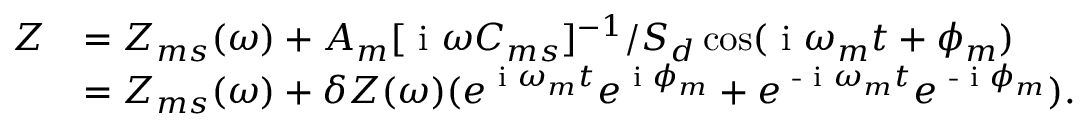
\begin{array} { r l } { Z } & { = Z _ { m s } ( \omega ) + A _ { m } [ \textrm { i } \omega C _ { m s } ] ^ { - 1 } / S _ { d } \cos ( \textrm { i } \omega _ { m } t + \phi _ { m } ) } \\ & { = Z _ { m s } ( \omega ) + \delta Z ( \omega ) ( e ^ { \textrm { i } \omega _ { m } t } e ^ { \textrm { i } \phi _ { m } } + e ^ { \textrm { - i } \omega _ { m } t } e ^ { \textrm { - i } \phi _ { m } } ) . } \end{array}